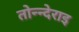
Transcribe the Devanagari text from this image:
तोन्न्देराइ